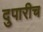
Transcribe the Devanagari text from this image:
दुपारीच